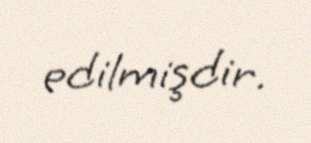
edilmişdir.